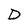
Character: D